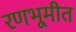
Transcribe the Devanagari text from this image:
रणभूमीत